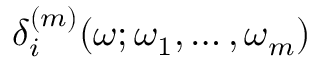
\delta _ { i } ^ { ( m ) } ( \omega ; \omega _ { 1 } , \dots , \omega _ { m } )